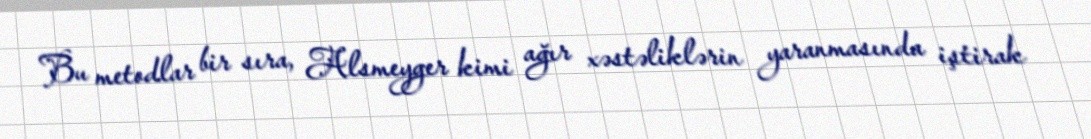
Bu metodlar bir sıra, Alsmeyger kimi ağır xəstəliklərin yaranmasında iştirak